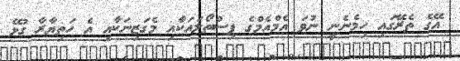
އޭގެ ތެރޭގައި ހިމެނެނީ ނުވަ އެމްއެމްގެ ފިސްތޯލައަކާއި މެގަޒިނަކާއި އެ ހަތިޔާރާ ގުޅޭ